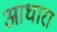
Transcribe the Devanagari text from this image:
आधारा